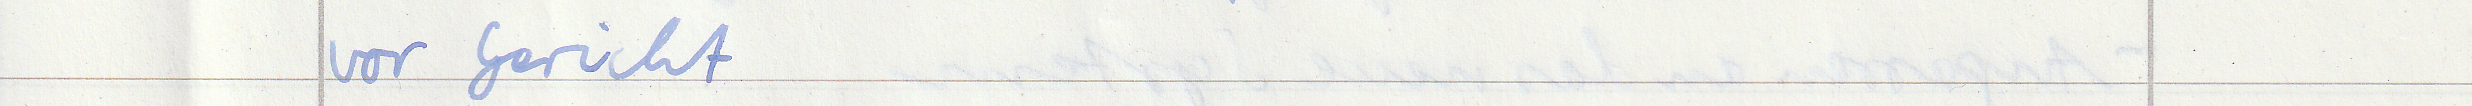
vor Gericht